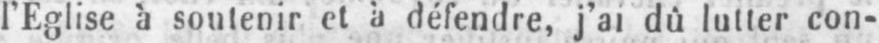
l’Eglise à soutenir et à défendre, j’ai dû lutter con-